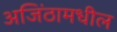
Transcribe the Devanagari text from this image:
अजिंठामधील